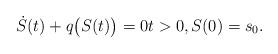
LaTeX: \begin{align*}\dot{S}(t) + q\big(S(t)\big) = 0 t > 0, S(0) = s_0.\end{align*}